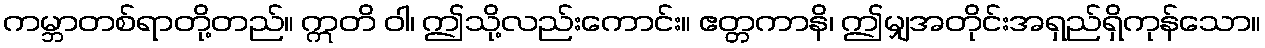
ကမ္ဘာတစ်ရာတို့တည်။ ဣတိ ဝါ၊ ဤသို့လည်းကောင်း။ ဧတ္တကာနိ၊ ဤမျှအတိုင်းအရှည်ရှိကုန်သော။